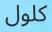
كلول